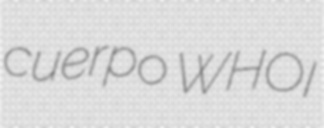
cuerpo WHOI